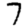
Digit: 7